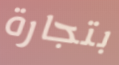
بتجارة